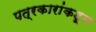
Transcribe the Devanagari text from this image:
पत्रकारांकडून